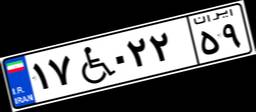
۱۷W۰۲۲۵۹